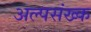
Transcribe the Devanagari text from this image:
अल्पसंख्क